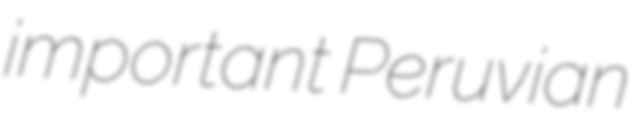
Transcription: important Peruvian